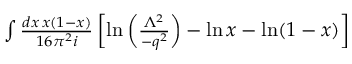
\begin{array} { r l r } { \int { \frac { d x \, x ( 1 - x ) } { 1 6 \pi ^ { 2 } i } } \! \! \! \! \! \! \! \! \! \! \! } & { { } } & { \left[ \ln \left( \frac { \Lambda ^ { 2 } } { - q ^ { 2 } } \right) - \ln x - \ln ( 1 - x ) \right] } \end{array}